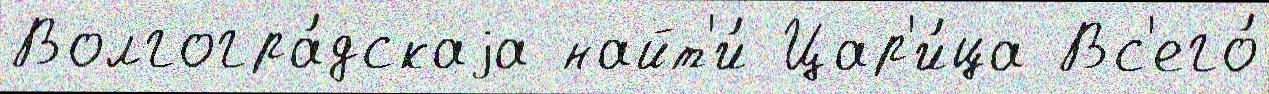
Волгогра́дскаjа найт'и́ Цар'и́ца Вс'его́